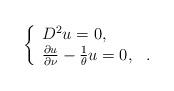
LaTeX: \begin{align*} \left\{ \begin{array}{ll} D^2u =0, & \\ \frac{\partial u}{\partial \nu}- \frac{1}{\theta} u=0, & . \end{array}\right.\end{align*}